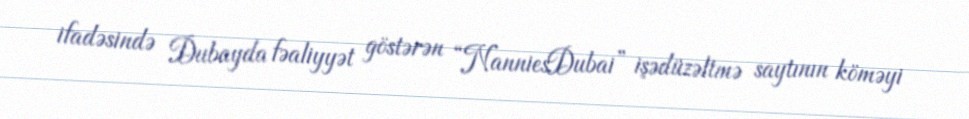
ifadəsində Dubayda fəaliyyət göstərən “NanniesDubai” işədüzəltmə saytının köməyi